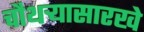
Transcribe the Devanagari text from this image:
चौथऱ्यासारखे